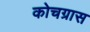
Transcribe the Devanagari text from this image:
कोचग्रास